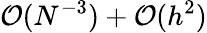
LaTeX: \mathcal{O}(N^{-3})+\mathcal{O}(h^{2})